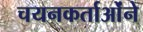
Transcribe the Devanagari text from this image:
चयनकर्ताओंने